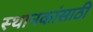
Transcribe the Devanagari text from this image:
स्थानकांसाठी